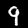
Digit: 9